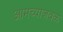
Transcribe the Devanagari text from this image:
आमच्याजवळ